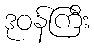
ဒုဝန်ကြီး